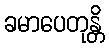
ခမာပေတုန္တိ